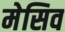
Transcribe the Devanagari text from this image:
मेसिव